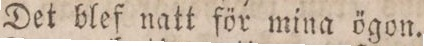
Det blef natt för mina ögon.